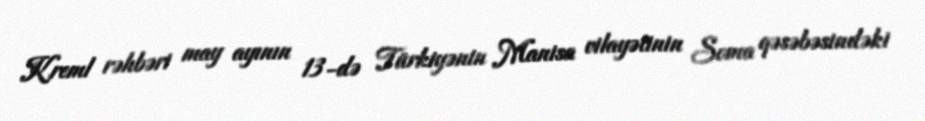
Kreml rəhbəri may ayının 13-də Türkiyənin Manisa vilayətinin Soma qəsəbəsindəki